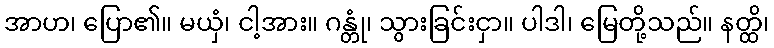
အာဟ၊ ပြော၏။ မယှံ၊ ငါ့အား။ ဂန္တုံ၊ သွားခြင်းငှာ။ ပါဒါ၊ မြေတို့သည်။ နတ္ထိ၊